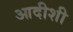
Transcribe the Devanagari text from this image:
आदीशी